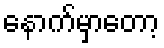
နောက်မှာတော့